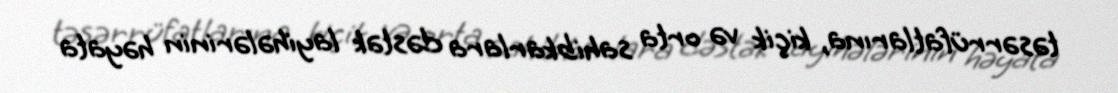
təsərrüfatlarına, kiçik və orta sahibkarlara dəstək layihələrinin həyata